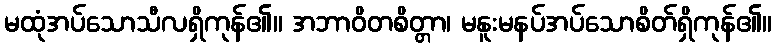
မထုံအပ်သောသီလရှိကုန်၏။ အဘာဝိတစိတ္တာ၊ မနူးမနပ်အပ်သောစိတ်ရှိကုန်၏။